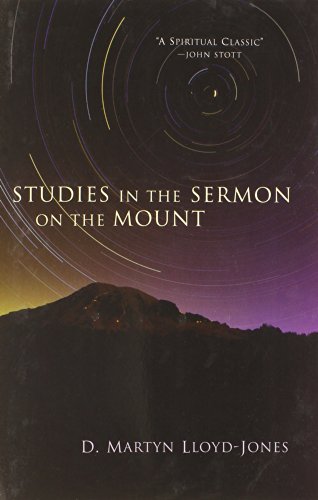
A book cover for Studies in the Sermon on the Mount; Martyn Lloyd-Jones; Christian Books & Bibles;